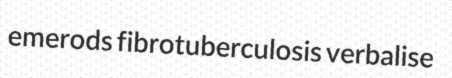
emerods fibrotuberculosis verbalise